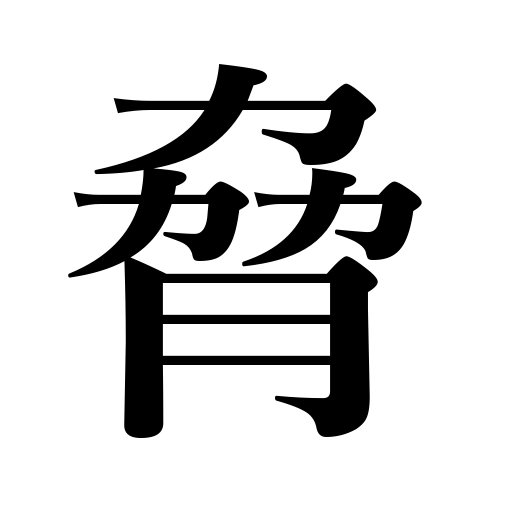
Meanings: threaten,coerce